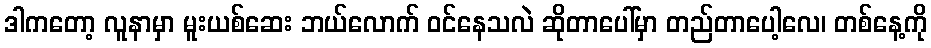
ဒါကတော့ လူနာမှာ မူးယစ်ဆေး ဘယ်လောက် ဝင်နေသလဲ ဆိုတာပေါ်မှာ တည်တာပေါ့လေ၊ တစ်နေ့ကို